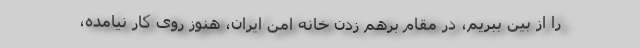
را از بین ببریم، در مقام برهم زدن خانه امن ایران، هنوز روی کار نیامده،